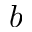
b